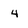
Character: 4